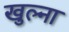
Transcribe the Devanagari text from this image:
खुल्ना